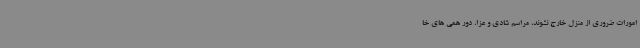
امورات ضروری از منزل خارج نشوند، مراسم شادی و عزا، دور همی های خا